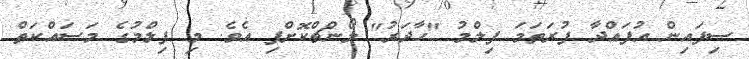
ސިފައިން އުފައްދާ ފުރަތަމަ ފިލްމު "ހާދަރު" ލޯންޗްކޮށްފި އެވެ. މި ފިލްމުގެ މަސައްކަތް